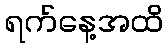
ရက်နေ့အထိ